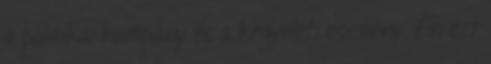
a politikai kampány és a kegyeleti esemény. Én ezt